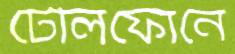
টেলিফোনে